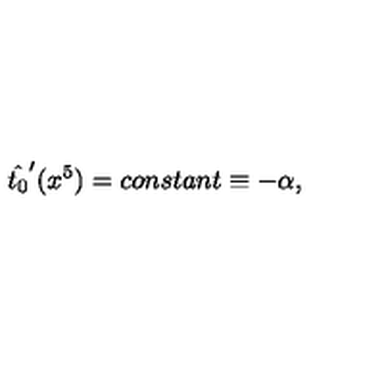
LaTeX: \hat { t _ { 0 } } ^ { \prime } ( x ^ { 5 } ) = c o n s t a n t \equiv - \alpha ,